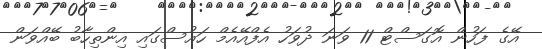
އޭގެ ފަހުން އޮގަސްޓް 11 ވަނަ ދުވަހު އެފްއޭއެމް ހައުސްގައި އިންތިހާބު ބޭއްވަން